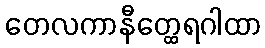
တေလကာနီတ္ထေရဂါထာ